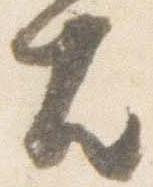
殿